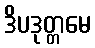
ဒိပဒုတ္တမေ